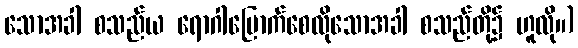
သောအခါ စသည်ယ ရောဂါပြောက်စေလိုသောအခါ စသည်တို့၌ ဟူလို။)